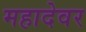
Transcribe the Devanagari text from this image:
महादेवर